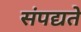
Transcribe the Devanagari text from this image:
संपद्यते